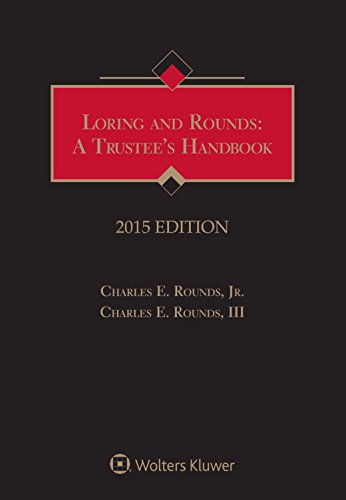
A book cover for Loring & Rounds: A Trustees Handbook; Charles E. Rounds Jr.; Law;